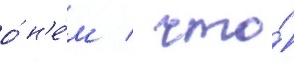
о́ н'е́м / что́